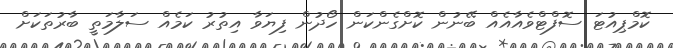
ކޮމްޕިއުޓަ ސޮފްޓްވެއާއެއް ބޭނުން ކޮށްގެންކަން ހޯދުން ފިޔަވާ އިތުރު ކަމެއް ސަލާމަތީ ބާރުތަކަށް